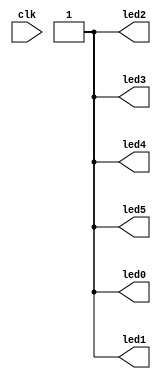
module conled(
    input clk,
    output led0,
    output led1,
    output led2,
    output led3,
    output led4,
    output led5
    );
reg [25:0] counter;
reg [5:0] ledout;
assign {led0,led1,led2,led3,led4,led5}=6'b111111;
assign duty0=0;
assign duty1=counter[15]&counter[16]&counter[17];
assign duty2=counter[15]&counter[16];
assign duty3=counter[15];
assign duty4=1;
always @(posedge clk)
begin
	counter<=counter+1;
	case (counter[25:23])
    3'b000:ledout={duty0,duty4,duty3,duty2,duty1,duty0};
    3'b001:ledout={duty4,duty3,duty2,duty1,duty0,duty0};
    3'b010:ledout={duty3,duty2,duty1,duty0,duty0,duty0};
    3'b011:ledout={duty2,duty1,duty0,duty0,duty0,duty0};
    3'b100:ledout={duty1,duty0,duty0,duty0,duty0,duty4};
    3'b101:ledout={duty0,duty0,duty0,duty0,duty4,duty3};
    3'b110:ledout={duty0,duty0,duty0,duty4,duty3,duty2};
    default:ledout={duty0,duty0,duty4,duty3,duty2,duty1};
  endcase
end
endmodule